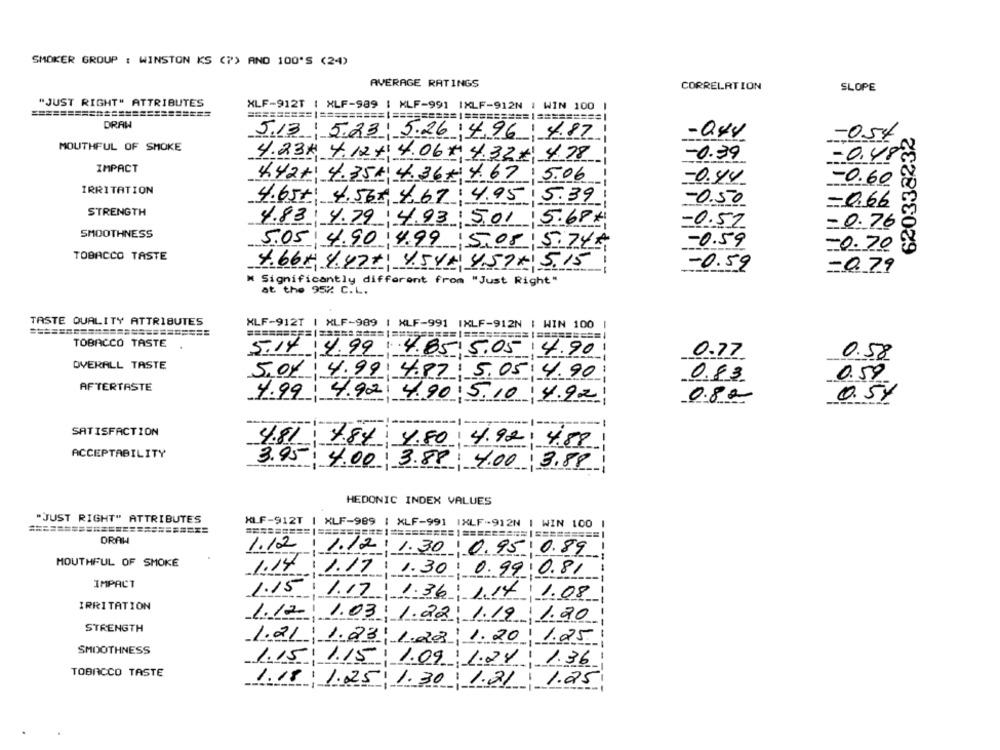
SMOKER GROUP : WINSTON KS (7) AND 100'S (24)
AVERAGE RATINGS
CORRELATION
SLOPE
"JUST RIGHT" ATTRIBUTES
XLF-912T | XLF-989 | KLF-991 IKLF-912N | WIN 100 |
========= ====
====== ========== = ========= |
DRAW
5.13 5.23 5.26;4.96 4.87
-Q44
-0.54
MOUTHFUL OF SMOKE
4.23# 4.12+ 4.06 * 4.32* 4.78
-0.39
-0.4800
IMPACT
442+ 4.351 4.36 4.67 5.06
-0.44
-0.60 0
IRRITATION
4.65 4.56€ 4,67 4.95 5.39
-0.50
-0,66
STRENGTH
4.83 4.79 4.93 5.01 5.68
-0.57
=0.76
SMOOTHNESS
5.05 4.90 4.99 5.05 5.745
-0.59
-0.70 %
TOBACCO TASTE
4.66 × 4.47 4.54. 4.57 x 5.15
-0.59
-0.79
M Significantly different from "Just Right"
at the 95% C.L.
TASTE QUALITY ATTRIBUTES
=========================
XLF-912T | XLF-989 | KLF-991 IXLF-912N | WIN 100
TOBACCO TASTE
-
5.14 4.99 : 4.85 5.05 4.90
0.77.
0.58
OVERALL TASTE
5.01 4.99 4.87 5.05 4.90
0.83
0.59
AFTERTASTE
4.99 4.92 4.90 5.10 4.92
0.82
0.5%
SATISFACTION
4.81 484 4.80 4.92 4.88
ACCEPTABILITY
3.95 :4.00 3.88 4.00 3.88
HEDONIC INDEX VALUES
"JUST RIGHT" ATTRIBUTES
KLF-912T | XLF-989 | XLF-991 IXLF-912N | WIN 100 |
DRAW
1.12.1.12.1.30 0.95.0.89
MOUTHFUL OF SMOKE
1.14 1.17 1.30 0.99 0.81
IMPACT
1.15/1.17 1.36 1.14 1.08
IRRITATION
1.121.03 1.22/1.19 1.20
STRENGTH
1.21 1.23. 1.22; 1.20 1.25
SMOOTHNESS
1.15/115 1.09.1.24 1.36
TOBACCO TASTE
1.18 1.25 1.30 1.21 1.25